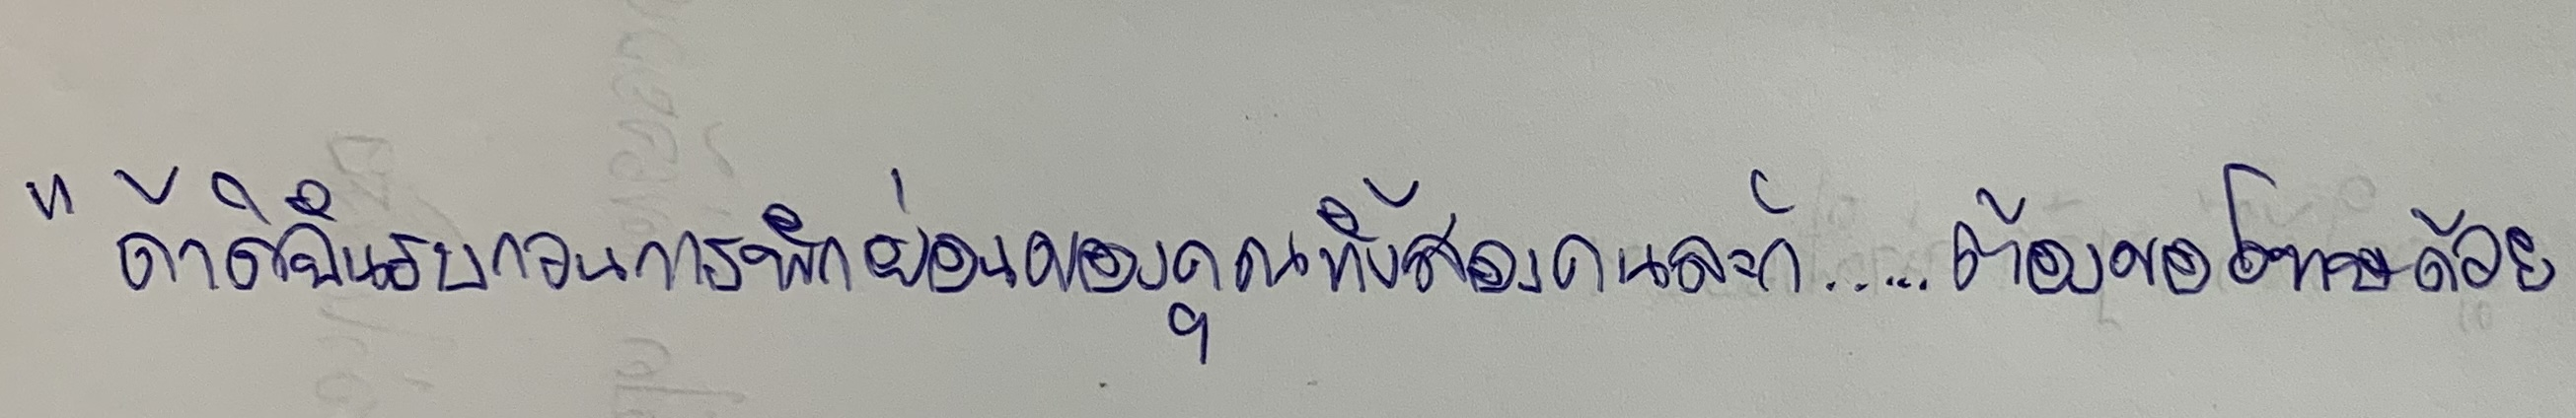
"ถ้าดิฉันรบกวนการพักผ่อนของคุณทั้งสองคนละก็...ต้องขอโทษด้วย